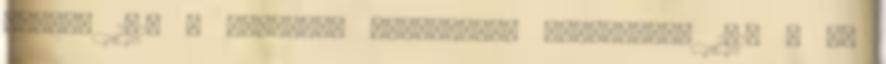
Hanau, 1610 ; Postilla Scultetica Oppenheim, 1617 ; Az